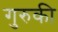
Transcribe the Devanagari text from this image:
गुरुकी